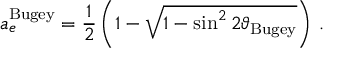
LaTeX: a _ { e } ^ { \mathrm { B u g e y } } = \frac { 1 } { 2 } \left( 1 - \sqrt { 1 - \sin ^ { 2 } 2 \vartheta _ { \mathrm { B u g e y } } } \right) \, .